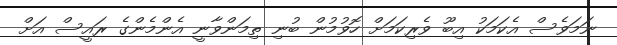
ނަމަވެސް އެކަމަކު އިބޫ ވެރިކަމަށް ހޮވުމުން ބުނި ތިމަންވާނީ އެންމެންގެ ރައީސް އަށް